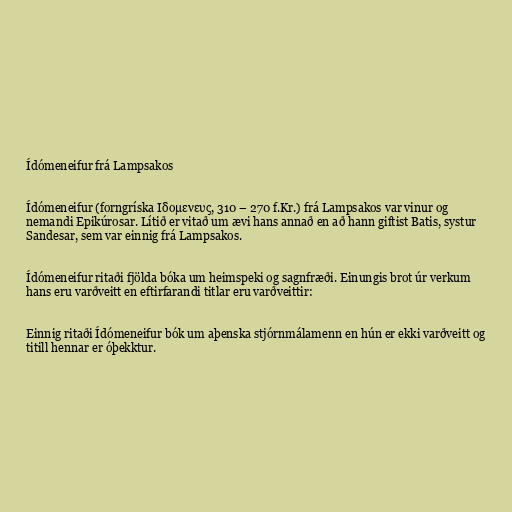
Ídómeneifur frá Lampsakos

Ídómeneifur (forngríska Iδoμενευς, 310 – 270 f.Kr.) frá Lampsakos var vinur og
nemandi Epikúrosar. Lítið er vitað um ævi hans annað en að hann giftist Batis, systur
Sandesar, sem var einnig frá Lampsakos.

Ídómeneifur ritaði fjölda bóka um heimspeki og sagnfræði. Einungis brot úr verkum
hans eru varðveitt en eftirfarandi titlar eru varðveittir:

Einnig ritaði Ídómeneifur bók um aþenska stjórnmálamenn en hún er ekki varðveitt og
titill hennar er óþekktur.